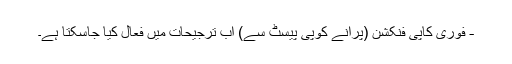
- فوری کاپی فنکشن (پرانے کوپی پیسٹ سے) اب ترجیحات میں فعال کیا جاسکتا ہے۔